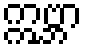
ဣဗ္ဘာ